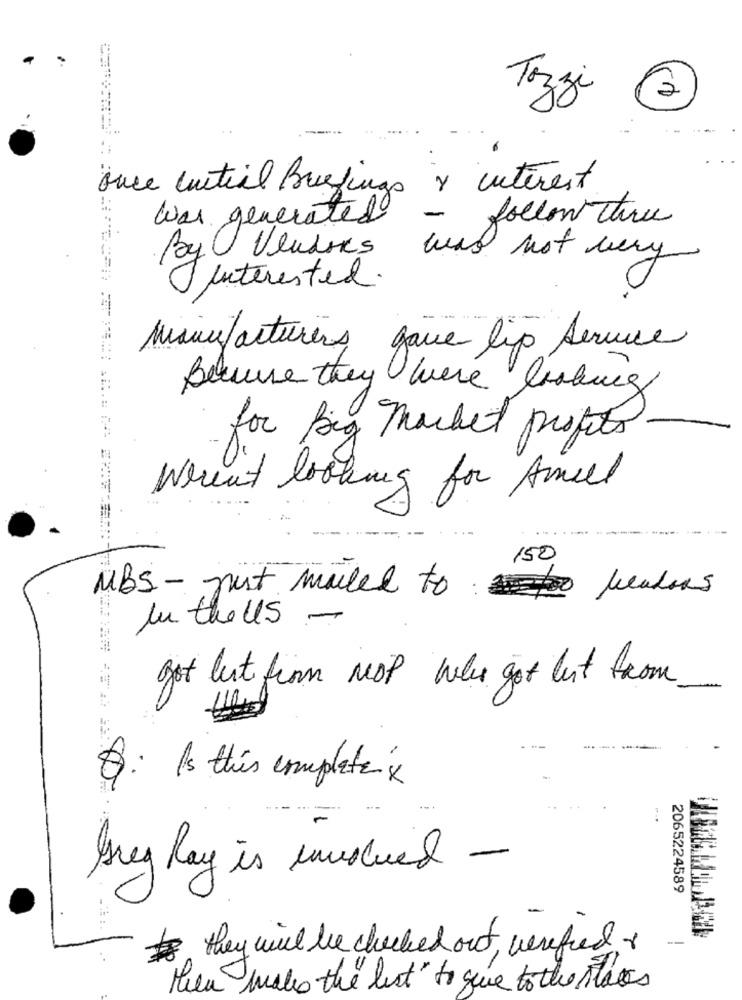
Tozzi
once Intial Briefings v interest
was generated
- follow three
By Vendors
was not very
I interested.
Manufacturers
gave lip service
====== ======
Believe they were looking
for Big macket profits
Weren't looking for Amell
150
MBS - just mailed to
In theUs -
got lest from mop who got but from
-
----
Q: Is this complete x
Greg Ray is involved -
2065224589
# they will be checked out, verified
then make the list" to give to the titles